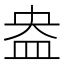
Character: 盎